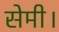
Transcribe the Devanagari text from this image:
सेमी।